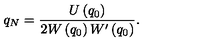
q _ { N } = \frac { U \left( q _ { 0 } \right) } { 2 W \left( q _ { 0 } \right) W ^ { \prime } \left( q _ { 0 } \right) } .